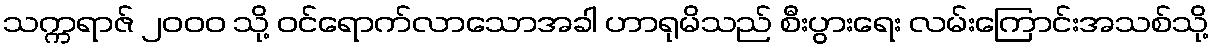
သက္ကရာဇ် ၂၀၀၀ သို့ ဝင်ရောက်လာသောအခါ ဟာရုမိသည် စီးပွားရေး လမ်းကြောင်းအသစ်သို့